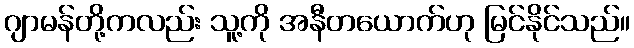
ဂျာမန်တို့ကလည်း သူ့ကို အနီတယောက်ဟု မြင်နိုင်သည်။